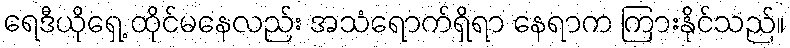
ရေဒီယိုရှေ့ ထိုင်မနေလည်း အသံရောက်ရှိရာ နေရာက ကြားနိုင်သည်။